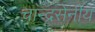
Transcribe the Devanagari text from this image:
चान्द्रसेनीय